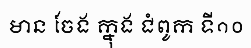
មាន ចែង ក្នុង ជំពូក ទី១០